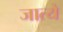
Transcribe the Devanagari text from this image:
जात्ये